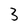
Character: 3